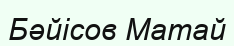
Бәйісов Матай